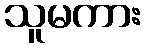
သူမကား